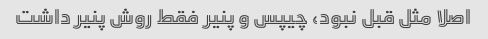
اصلا مثل قبل نبود، چیپس و پنیر فقط روش پنیر داشت